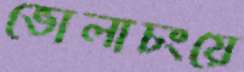
ভোলাচংয়ে